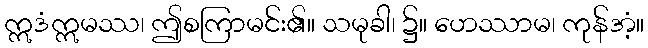
ဣဒံဣမဿ၊ ဤစကြာမင်း၏။ သမုခါ၊ ၌။ ဟေဿာမ၊ ကုန်အံ့။